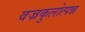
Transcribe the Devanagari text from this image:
वज्रकुलोत्पन्न